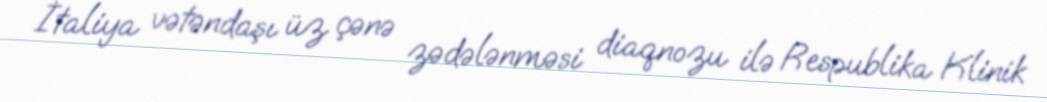
İtaliya vətəndaşı üz çənə zədələnməsi diaqnozu ilə Respublika Klinik